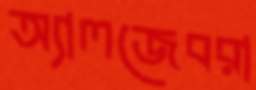
অ্যালজেবরা